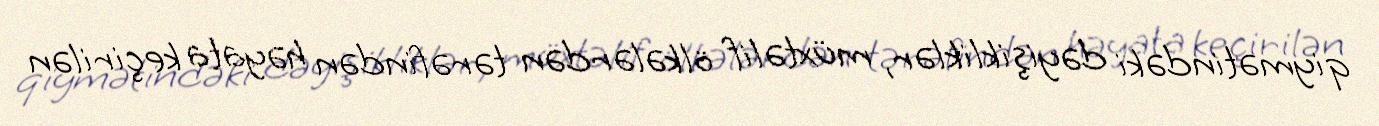
qiymətindəki dəyişikliklər, müxtəlif ölkələrdən tərəfindən həyata keçirilən